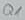
Text: Q1